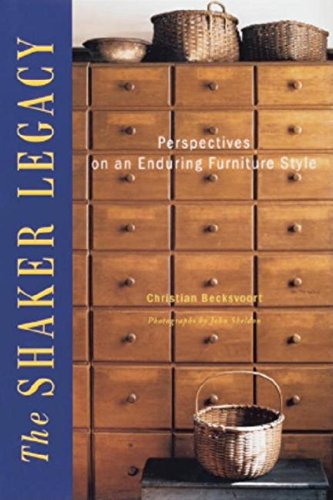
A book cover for The Shaker Legacy: Perspectives on an Enduring Furniture Style; Chris Becksvoort; Christian Books & Bibles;